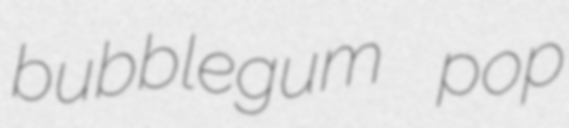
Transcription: bubblegum pop